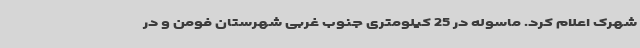
شهرک اعلام کرد. ماسوله در 25 کیلومتری جنوب غربی شهرستان فومن و در